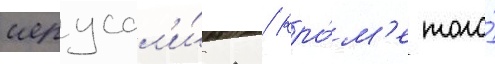
иерусал'и́ма / кро́м'е того́